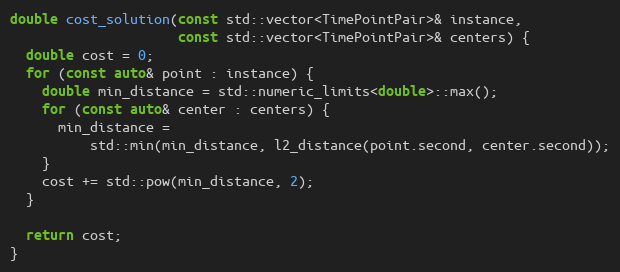
Language: C++
double cost_solution(const std::vector<TimePointPair>& instance,
                     const std::vector<TimePointPair>& centers) {
  double cost = 0;
  for (const auto& point : instance) {
    double min_distance = std::numeric_limits<double>::max();
    for (const auto& center : centers) {
      min_distance =
          std::min(min_distance, l2_distance(point.second, center.second));
    }
    cost += std::pow(min_distance, 2);
  }

  return cost;
}